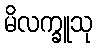
မိလက္ခူသု